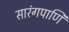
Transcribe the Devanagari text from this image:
सारंगपाणि